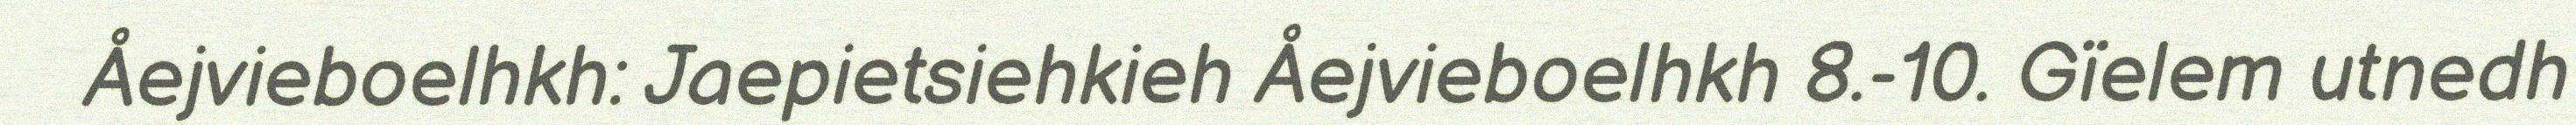
Åejvieboelhkh: Jaepietsiehkieh Åejvieboelhkh 8.-10. Gïelem utnedh